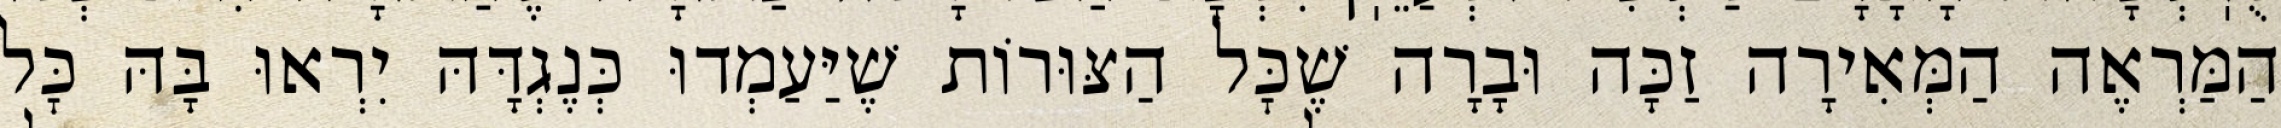
הַמַּרְאֶה הַמְּאִירָה זַכָּה וּבָרָה שֶׁכׇּל הַצּוּרוֹת שֶׁיַּעַמְדוּ כְּנֶגְדָּהּ יִרְאוּ בָּהּ כׇּל